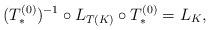
LaTeX: \begin{align*}(T^{(0)}_*)^{-1} \circ L_{T(K)} \circ T^{(0)}_* = L_K ,\end{align*}